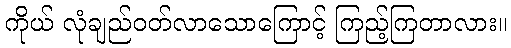
ကိုယ် လုံချည်ဝတ်လာသောကြောင့် ကြည့်ကြတာလား။